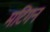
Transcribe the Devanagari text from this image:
मटिगन